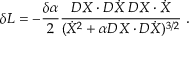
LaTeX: \delta L = - { \frac { \delta \alpha } { 2 } } { \frac { D X \cdot D \dot { X } \; D X \cdot \dot { X } } { ( \dot { X } ^ { 2 } + \alpha D X \cdot D \dot { X } ) ^ { 3 / 2 } } } \; .